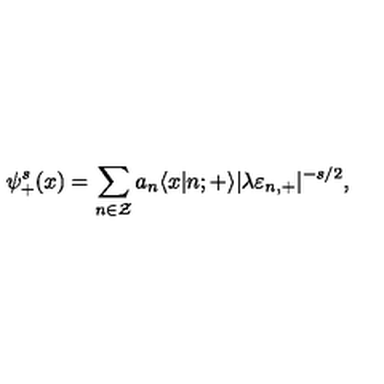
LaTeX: \psi _ { + } ^ { s } ( x ) = \sum _ { n \in \cal Z } a _ { n } \langle x | n ; { + } \rangle | \lambda \varepsilon _ { n , + } | ^ { - s / 2 } ,